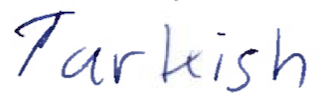
Text: Turkish
Cross-out: clean
Writing tool: ballpoint